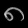
Digit: ၈